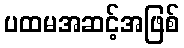
ပထမအဆင့်အဖြစ်